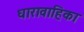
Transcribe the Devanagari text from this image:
धारावाहिका